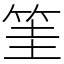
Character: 筀